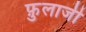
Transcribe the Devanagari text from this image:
फ़ुलाजी